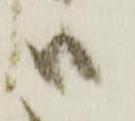
ハ